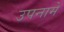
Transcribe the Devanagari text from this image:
उपनामे